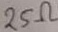
Text: 25Ω